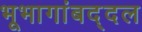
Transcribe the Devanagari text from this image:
भूभागांबद्दल